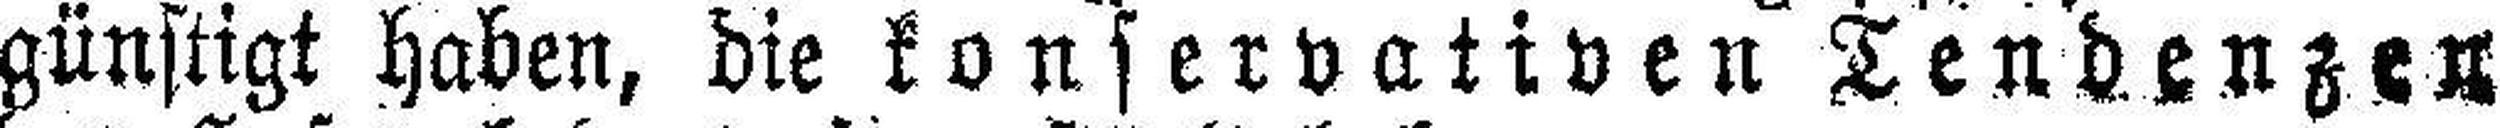
günstigt haben, die konservativen Tendenzen